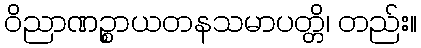
ဝိညာဏဉ္စာယတနသမာပတ္တိ၊ တည်း။